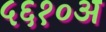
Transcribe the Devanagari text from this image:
५६१०अ